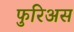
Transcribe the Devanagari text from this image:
फुरिअस